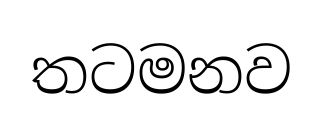
තටමනව